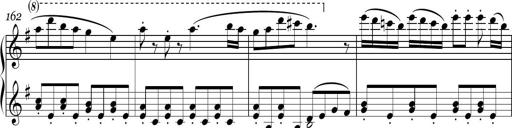
Title: Sonatina in E minor
Composer: Shuwen Zhang
Key: E minor